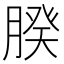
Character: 𦝢